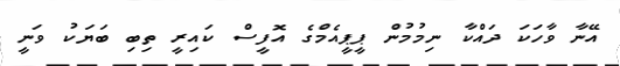
އޭނާ ވާހަކަ ދައްކާ ނިމުމުން ޕީޕީއެމްގެ އޮފީސް ކައިރީ ތިބި ބަޔަކު ވަނީ